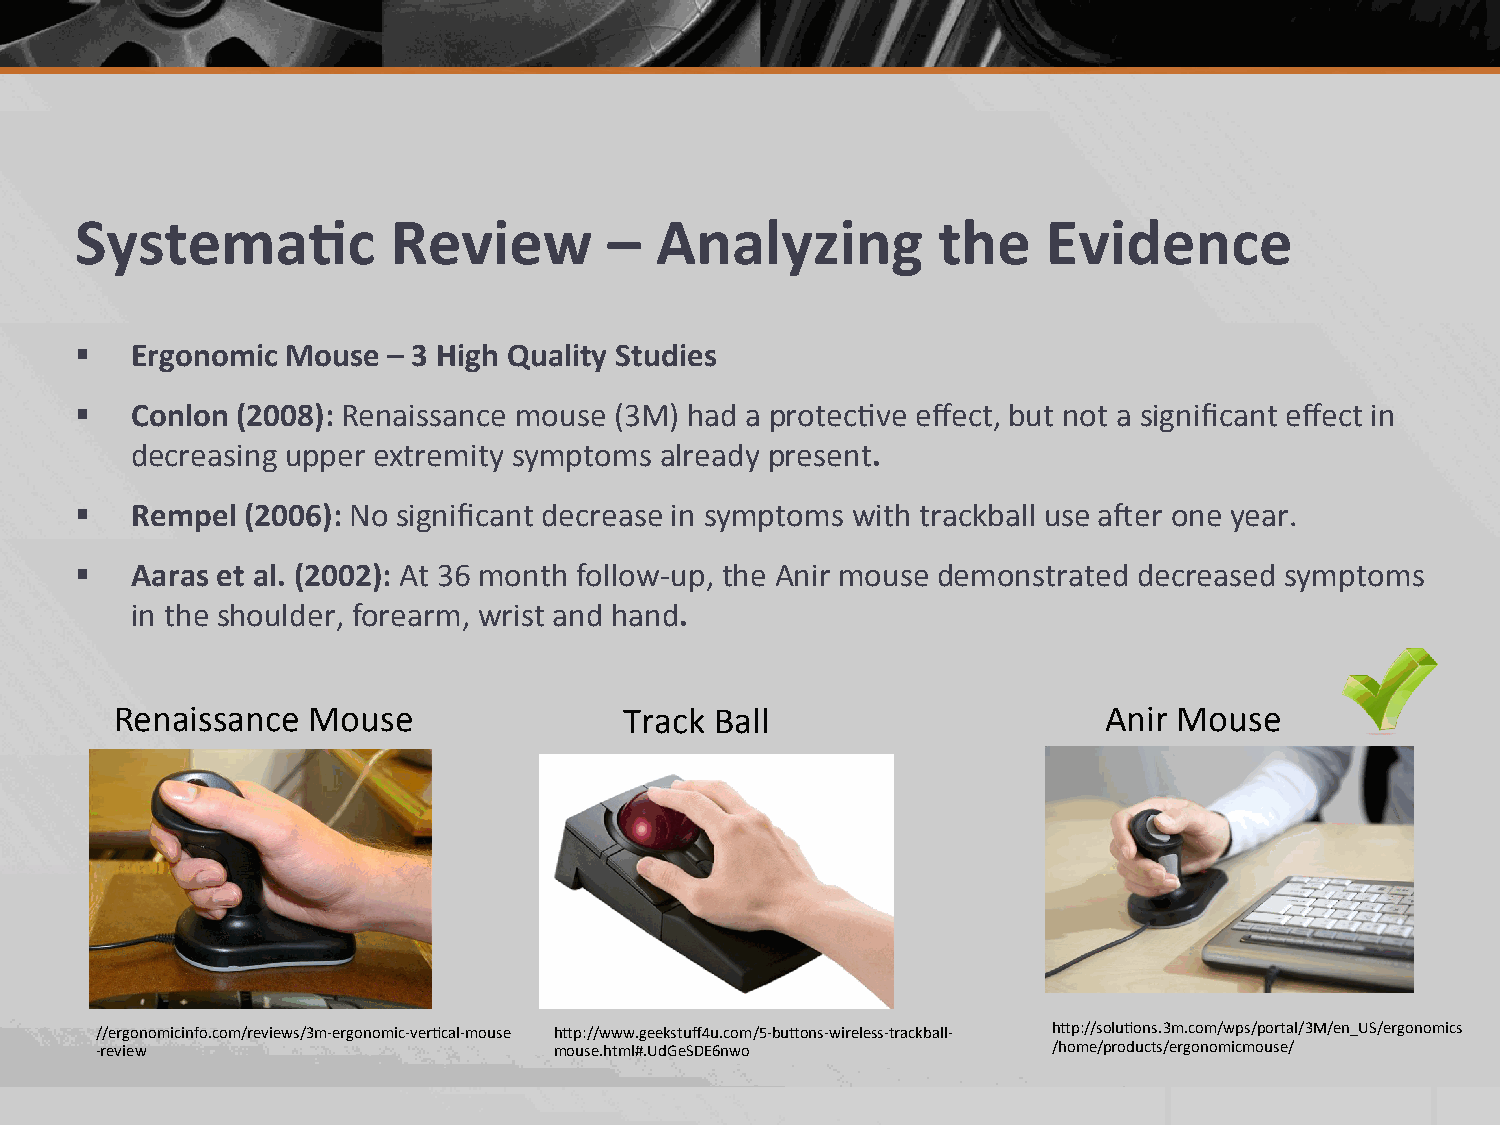
Systema.c            Review        –  Analyzing          the    Evidence
 §  Ergonomic Mouse  – 3 High Quality Studies
 §  Conlon (2008): Renaissance mouse (3M) had a protec2ve effect, but not a significant effect in
 decreasing upper extremity symptoms already present.
 §  Rempel (2006): No significant decrease in symptoms with trackball use a;er one year.
 §  Aaras et al. (2002): At 36 month follow-­‐up, the Anir mouse demonstrated decreased symptoms
 in the shoulder, forearm, wrist and hand.
 Renaissance Mouse                Track Ball                      Anir Mouse
 //ergon omicinfo.com/reviews/3m-­‐ergonomic-­‐ver2cal-­‐mouse hbp://www.geekstuff4u.com/5-­‐bubons-­‐wireless-­‐trackball-­‐ hbp://solu2ons.3m.com/wps/portal/3M/en_US/ergonomics
 -­‐review                      mouse.html#.UdGeSDE6nwo          /home/products/ergonomicmouse/